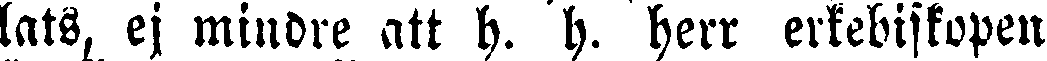
lats, ej mindre att h. h. herr erkebiskopen